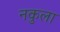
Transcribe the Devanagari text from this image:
नकुला